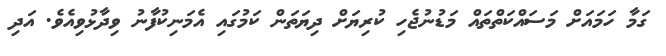
ގަމާ ހަމައަށް މަސައްކަތްތައް މަޑުނުޖެހި ކުރިޔަށް ދިޔަތަން ކަމުގައި އެމަނިކުފާނު ވިދާޅުވިއެވެ. އަދި